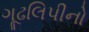
ગૂઢલિપીનો